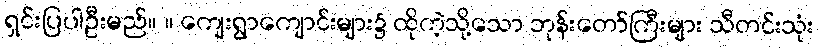
ရှင်းပြပါဦးမည်။ ။ ကျေးရွာကျောင်းများ၌ ထိုကဲ့သို့သော ဘုန်းတော်ကြီးများ သီတင်းသုံး